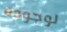
لوجوده